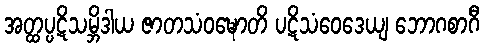
အတ္ထပ္ပဋိသမ္ဘိဒါယ ဇာတသံဝဍ္ဎောတိ ပဋိသံဝေဒေယျ ဘောဂစာဂီ